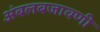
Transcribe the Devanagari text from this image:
अंबलबजावणी